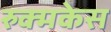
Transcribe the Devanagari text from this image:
रुक्मकेस